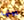
بينها